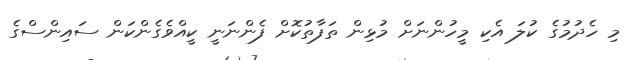
މި ހެދުމުގެ ކުލަ އެކި މީހުންނަށް މުޅިން ތަފާތުކޮށް ފެންނަނީ ކީއްވެގެންކަން ސައިންސްގެ